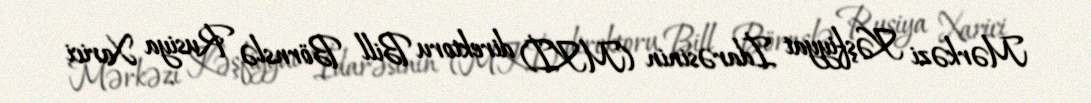
Mərkəzi Kəşfiyyat İdarəsinin (MKİ) direktoru Bill Börnslə Rusiya Xarici